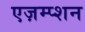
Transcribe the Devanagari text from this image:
एज़म्प्शन